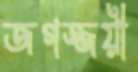
জগজ্জয়ী